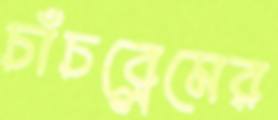
চাঁচব্লেমের